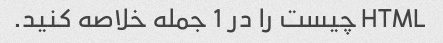
HTML چیست را در 1 جمله خلاصه کنید.